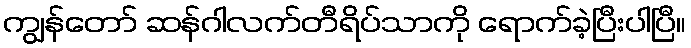
ကျွန်တော် ဆန်ဂါလက်တီရိပ်သာကို ရောက်ခဲ့ပြီးပါပြီ။